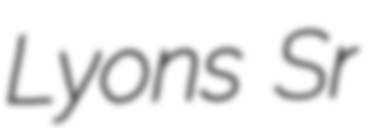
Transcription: Lyons Sr